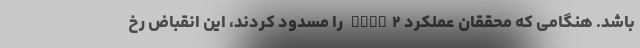
باشد. هنگامی که محققان عملکرد FMNL۲ را مسدود کردند، این انقباض رخ